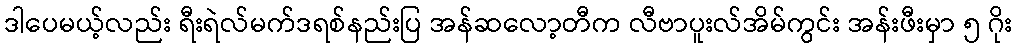
ဒါပေမယ့်လည်း ရီးရဲလ်မက်ဒရစ်နည်းပြ အန်ဆလော့တီက လီဗာပူးလ်အိမ်ကွင်း အန်းဖီးမှာ ၅ ဂိုး